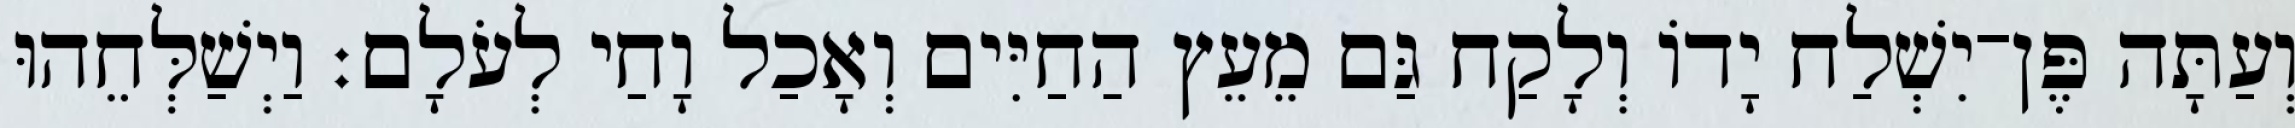
וְעַתָּה פֶּן־יִשְׁלַח יָדֹו וְלָקַח גַּם מֵעֵץ הַחַיִּים וְאָכַל וָחַי לְעֹלָם׃ וַיְשַׁלְּחֵהוּ